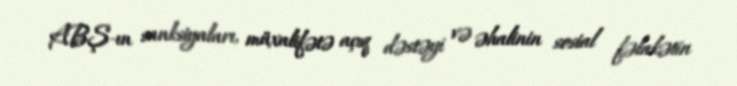
ABŞ-ın sanksiyaları, müxalifətə açıq dəstəyi və əhalinin sosial fəlakətin